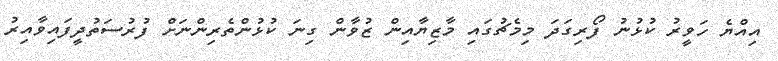
އިއްޔެ ހަވީރު ކުޅުނު ފޯރިގަދަ މިމެޗުގައި މާޒިޔާއިން ޒުވާން ގިނަ ކުޅުންތެރިންނަށް ފުރުސަތުދީފައިވާއިރު